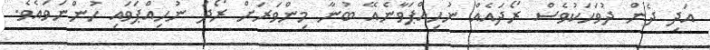
އަދި ދެން ދުވަހަކުވެސް ރޯދައެއް ނުހިއްޕަވާނެއޭ ބުނާ މިންވަރަށް ރޯދަ ނުހިއްޕަވައި ހުންނަވައެވެ.